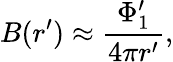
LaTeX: B(r^{\prime})\approx\frac{\Phi_{1}^{\prime}}{4\pi r^{\prime}},